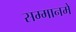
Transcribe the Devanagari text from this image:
सम्मानमें